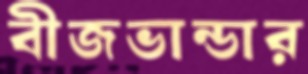
বীজভান্ডার